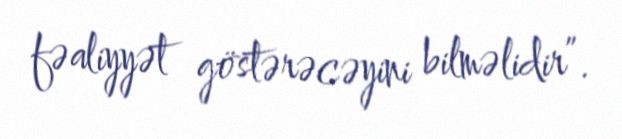
fəaliyyət göstərəcəyini bilməlidir”.